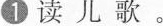
1 读儿歌。